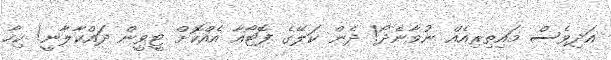
އަދިވެސް މައިތިރިއެއް ނުވާނެދޯ! ދެން ކަލޭގެ ފޮޓޯއާ އެއްކޮށް ޓީވީން ދައްކާލާނީ! ކިހާ